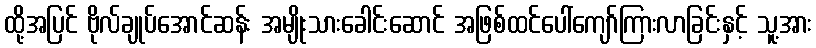
ထို့အပြင် ဗိုလ်ချုပ်အောင်ဆန်း အမျိုးသားခေါင်းဆောင် အဖြစ်ထင်ပေါ်ကျော်ကြားလာခြင်းနှင့် သူ့အား